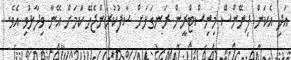
އަދި އެކަން ފިނޭންސް މިނިސްޓްރީން ރަނގަޅަށް ސާފުކުރަންޖެހޭ ކަމަށް އޭނާ ވިދާޅުވި އެވެ.